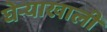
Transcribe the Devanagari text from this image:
घेर्‍याखाली